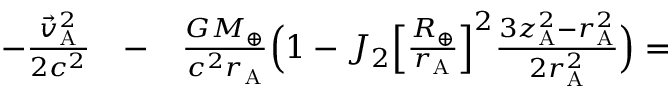
\begin{array} { r l r } { - \frac { { \vec { v } } _ { \mathrm { A } } ^ { 2 } } { 2 c ^ { 2 } } } & { { } - } & { \frac { G M _ { \oplus } } { c ^ { 2 } r _ { \mathrm { A } } } \Big ( 1 - J _ { 2 } \Big [ \frac { R _ { \oplus } } { r _ { \mathrm { A } } } \Big ] ^ { 2 } \frac { 3 z _ { \mathrm { A } } ^ { 2 } - r _ { \mathrm { A } } ^ { 2 } } { 2 r _ { \mathrm { A } } ^ { 2 } } \Big ) = } \end{array}